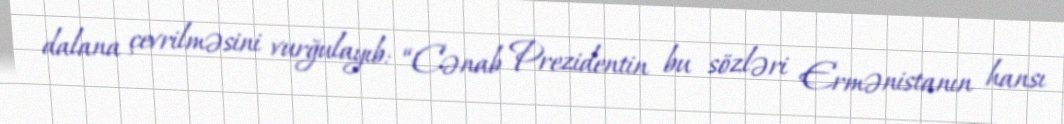
dalana çevrilməsini vurğulayıb: “Cənab Prezidentin bu sözləri Ermənistanın hansı